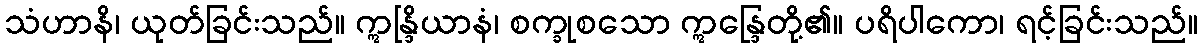
သံဟာနိ၊ ယုတ်ခြင်းသည်။ ဣန္ဒြိယာနံ၊ စက္ခုစသော ဣန္ဒြေတို့၏။ ပရိပါကော၊ ရင့်ခြင်းသည်။